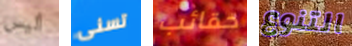
أليس تسنى حقائب التنوع